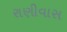
રાણીવાસ